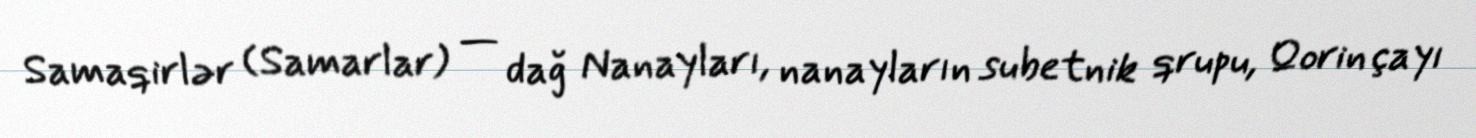
Samaqirlər (Samarlar) — dağ Nanayları, nanayların subetnik qrupu, Qorin çayı